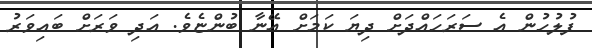
ފުލުހުން އެ ސަރަހައްދަށް ދިޔަ ކަމަށް އޭނާ ބުންޏެވެ. އަދި ވަރަށް ބައިވަރު